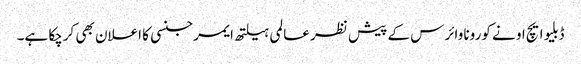
ڈبلیو ایچ او نے کورونا وائرس کے پیش نظر عالمی ہیلتھ ایمرجنسی کا اعلان بھی کرچکا ہے۔